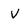
Character: V